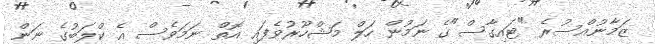
ޒަމާނުއްސުރެ "ޓައިގާސް"ގެ ނަމުން ހަލް މަޝްހޫރުވެފައި އޮތް ނަމަވެސް އެ ކްލަބުގެ ނަން